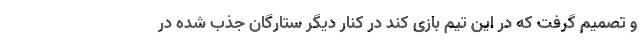
و تصمیم گرفت که در این تیم بازی کند در کنار دیگر ستارگان جذب شده در